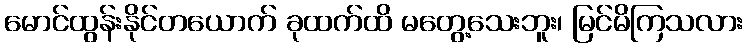
မောင်ထွန်းနိုင်တယောက် ခုထက်ထိ မတွေ့သေးဘူး၊ မြင်မိကြသလား